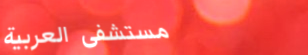
مستشفى العربية